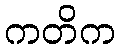
ကတိက